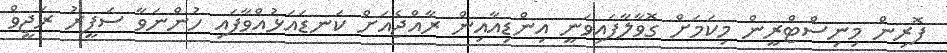
ފޮރިން މިނިސްޓްރީން މިކަމަށް ގޮވާލާފައިވަނީ އިންޑިއާއިން ރާއްޖެއަށް ކަނޑައަޅުއްވާފައި ހުންނަވާ ސަފީރު ރަޖީވް